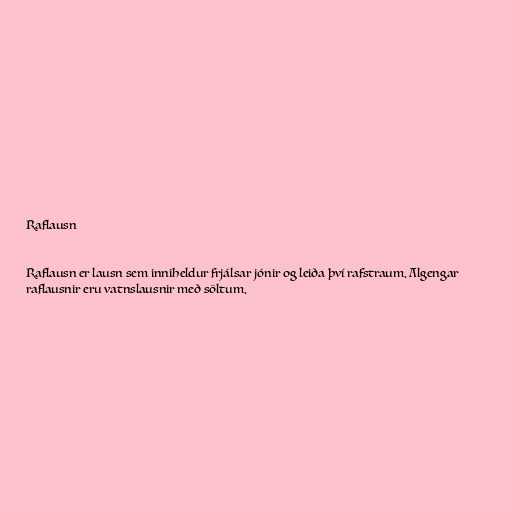
Raflausn

Raflausn er lausn sem inniheldur frjálsar jónir og leiða því rafstraum. Algengar
raflausnir eru vatnslausnir með söltum.